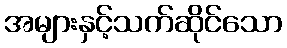
အများနှင့်သက်ဆိုင်သော